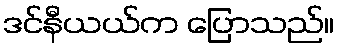
ဒင်နီယယ်က ပြောသည်။